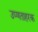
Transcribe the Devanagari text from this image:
उष्णताहरक